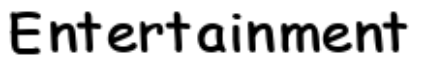
Entertainment